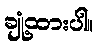
ချုံ့ထားပါ။